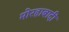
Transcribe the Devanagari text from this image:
मोरहाबादी